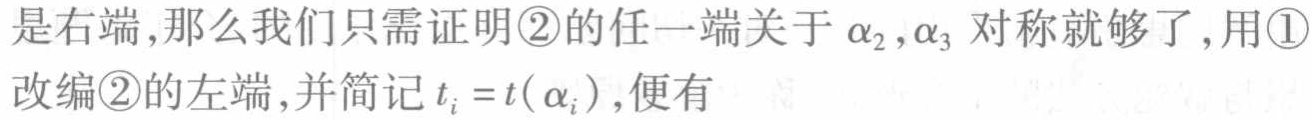
是右端,那么我们只需证明\textcircled{2}的任一端关于\(\alpha_{2},\alpha_{3}\)对称就够了,用\textcircled{1}改编\textcircled{2}的左端,并简记\(t_{i}=t(\alpha_{i})\),便有